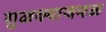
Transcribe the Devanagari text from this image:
सुळक्याजवळ